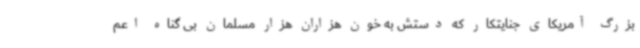
بزرگ آمریکای جنایتکار که دستش به خون هزاران هزار مسلمان بی گناه اعم